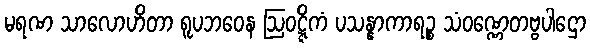
မရဏ သာလောဟိတာ ရူပဘဝေန ဩဝဋ္ဋိကံ ပသန္နာကာရဉ္စ သံဝဏ္ဏေတဗ္ဗပါဌော